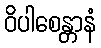
ဝိပါစေန္တာနံ